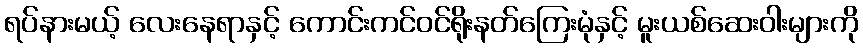
ရပ်နားမယ့် လေးနေရာနှင့် ကောင်းကင်ဝင်ရိုးနတ်ကြေးမုံနှင့် မူးယစ်ဆေးဝါးများကို